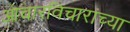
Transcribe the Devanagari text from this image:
आचारविचारांच्या